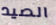
الصيد